Annual report on the working of the lock hospitals in the Central Provinces
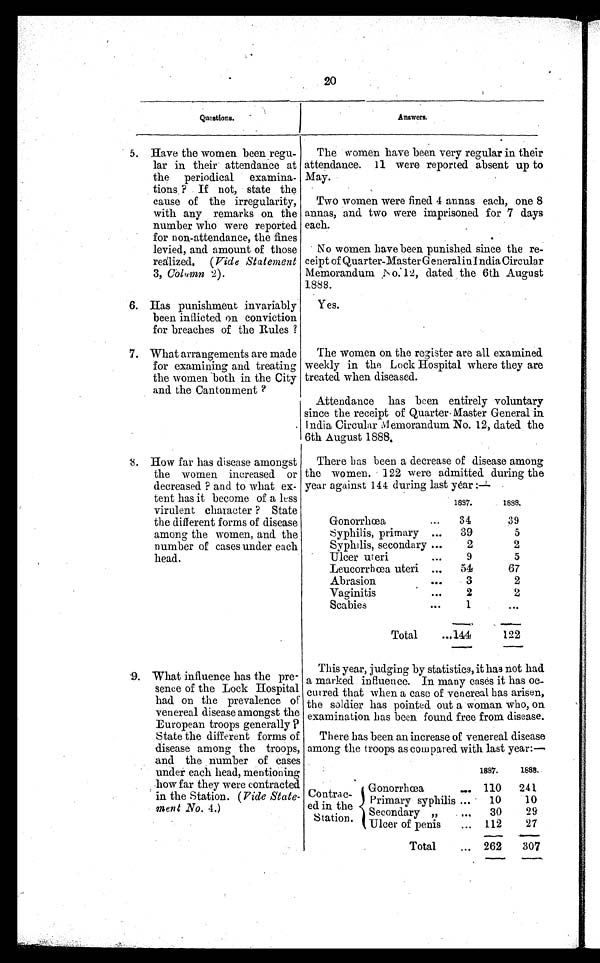
20
Questions.
A n s w e r s .
5. Have the women been regu
lar in their attendance at
the periodical examina
tions ? If not, state the
cause of the irregularity,
with any remarks on the
number who were reported
for non-attendance, the fines
levied, and amount of those
realized, ( Vide Statement
3, Column 2).
The women have been very regular in their
attendance. 11 were reported absent up to
May.
Two women were fined 4 annas each, one 8
annas, and two were imprisoned for 7 days
each.
No women have been punished since the re
ceipt of Quarter-Master General iui ndia Circular
Memorandum No.12, dated the 6th August
1888.
6. Has punishment invariably
been inflicted on conviction
for breaches of the Rules ?
Yes.
7. What arrangements are made
for examining and treating
the women both in the City
and the Cantonment ?
The women on the register are all examined
weekly in the Lock Hospital where they are
treated when diseased.
Attendance has been entirely voluntary
since the receipt of Quarter-Master General in
India Circular Memorandum No. 12, dated the
6th August 1888.
8 . How far has disease amongst
the women increased or
decreased ? and to what ex
tent has it become of a less
virulent character ? State
the different forms of disease
among the women, and the
number of cases under each
head.
There has been a decrease of disease among
the women. 122 were admitted during the
year against 144 during last year :
—
1887.
1888.
Gonorrhœa
...
34
39
Syphilis, primary ...
39
5
Syphilis, secondary ...
2
2
Ulcer uteri
...
9
5
Leucorrhœa uteri ...
54
67
Abrasion
. . .
3
2
Vaginitis
...
2
2
Scabies
...
1
. . .
Total
...
1 4 4 122
9. What influence has the pre
sence of the Lock Hospital
had. on the prevalence o
f venereal disease amongst
t h e E u r o p e a n t r o o p s g e n e r a l l y ?
State the different forms of
disease among the troops,
and the number of cases
under each head, mentioning
how far they were contracted
in the Station. (Vide State
ment No. 4.)
This year, judging by statistics, it has not had
a marked influence. In many cases it has oc
cuired that when a case of venereal has arisen,
the soldier has pointed out a woman who, on
examination has been found free from disease.
There has been an increase of venereal disease
among the troops as compared with last year:—
1887.
1888.
Contrac
ed in the
Station.
Gonorrhœa
... 110
241
P r i m a r y s y p h i l i s . . .
10
10
Secondary „
...
30
29
Ulcer of penis
... 112
27
Total
... 262
307